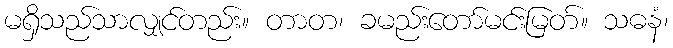
မရှိသည်သာလျှင်တည်း။ တာတ၊ ခမည်းတော်မင်းမြတ်။ သဓနံ၊